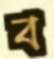
ব